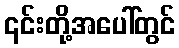
၎င်းတို့အပေါ်တွင်